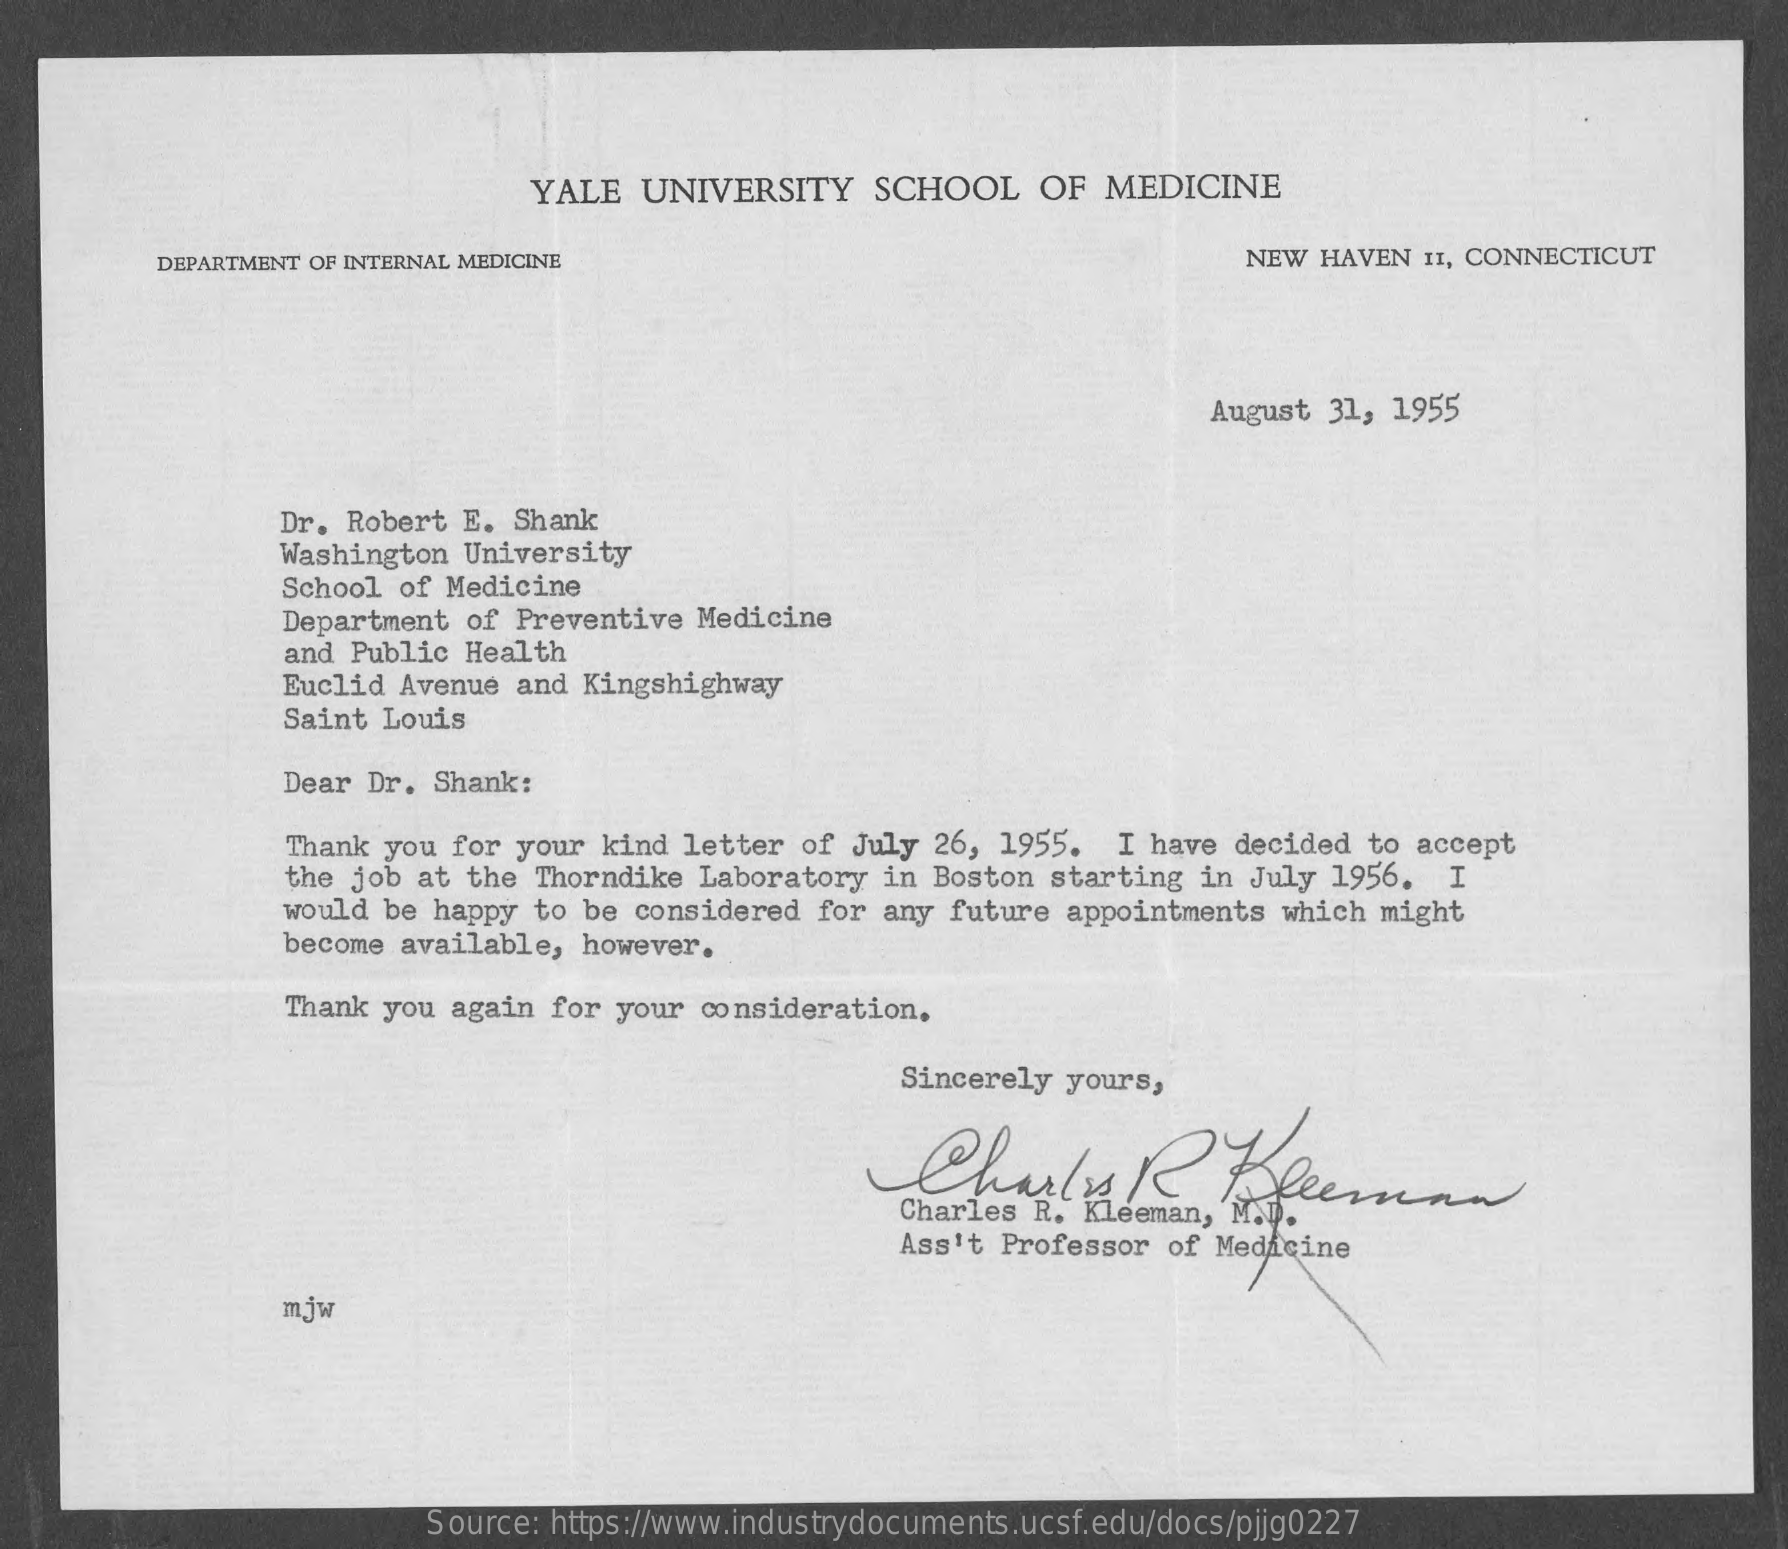
YALE  UNIVERSITY SCHOOL   OF MEDICINE
     DEPARTMENT OF INTERNAL MEDICINE    NEW HAVEN II, CONNECTICUT
     August 31, 1955
     Dr. Robert E. Shank
     Washington University
     School of Medicine
     Department of Preventive Medicine
     and Public Health
     Euclid Avenue and Kingshighway
     Saint Louis
     Dear Dr. Shank:
     Thank you for your kind letter of July 26, 1955. I have decided to accept
     the job at the Thorndike Laboratory in Boston starting in July 1956. I
     would be happy to be considered for any future appointments which might
     become available, however.
     Thank you again for your consideration.
     Sincerely yours,
     Charles    R    Kleeman
     Charles R. Kleeman, M.J.
     Ass't Professor of Medicine
     mjw
     Source: https://www.industrydocuments.ucsf.edu/docs/pjjg0227